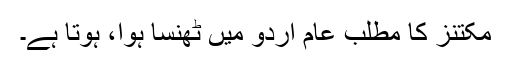
مکتنز کا مطلب عام اردو میں ٹھنسا ہوا، ہوتا ہے۔